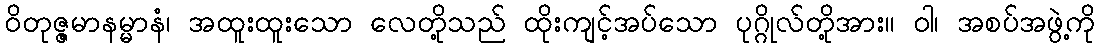
ဝိတုဇ္ဇမာနမ္မာနံ၊ အထူးထူးသော လေတို့သည် ထိုးကျင့်အပ်သော ပုဂ္ဂိုလ်တို့အား။ ဝါ၊ အစပ်အဖွဲ့ကို